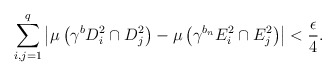
\begin{align*} \sum_{i,j=1}^q \left \vert \mu \left( \gamma^b D^2_i \cap D^2_j \right) - \mu \left( \gamma^{b_n} E^2_i \cap E^2_j \right ) \right \vert < \frac{\epsilon}{4}. \end{align*}